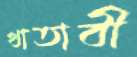
খাতাবী